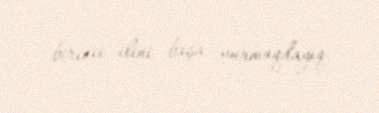
birinci ilini başa vurmaqdayıq.